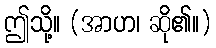
ဤသို့။ (အာဟ၊ ဆို၏။)